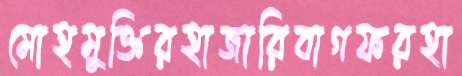
মোহমুক্তিরহাজারিবাগফরহা